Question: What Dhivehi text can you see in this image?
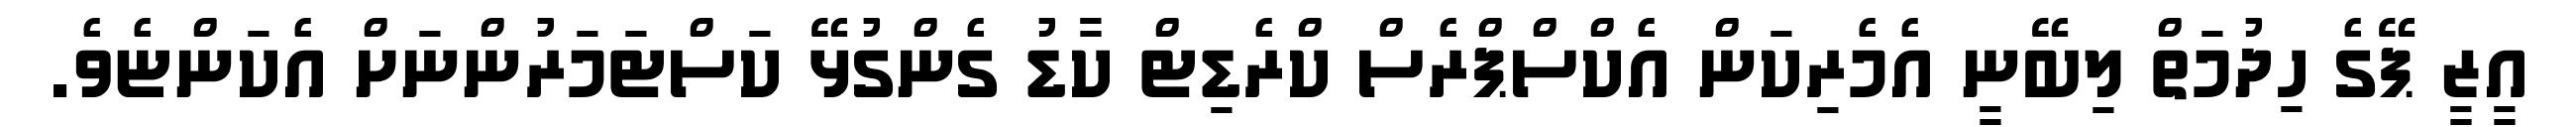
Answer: އީޒީ ޕޭގެ ހިދުމަތް ލިބޭނީ އެމެރިކަން އެކްސްޕްރެސް ކްރެޑިޓް ކާޑު ގެންގުޅޭ ކަސްޓަމަރުންނަށް އެކަންޏެވެ.